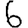
Digit: 6